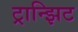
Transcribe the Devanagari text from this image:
ट्रान्झिट